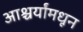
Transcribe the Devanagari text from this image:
आश्चर्यांमधून